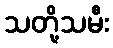
သတို့သမီး